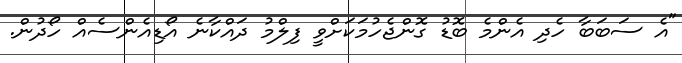
"އެ ސަބަބާ ހެދި އެންމެ ބޮޑު ގޮންޖެހުމަކަށްވީ ފިލްމު ދައްކާނެ އޯޑިއެންސެއް ހޯދުން.